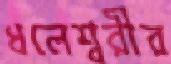
ধলেশ্বরীর